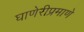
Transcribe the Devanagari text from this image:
घाणेरीप्रमाणे